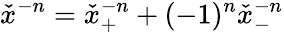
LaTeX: {\check{x}}^{-n}={\check{x}}_{+}^{-n}+(-1)^{n}{\check{x}}_{-}^{-n}